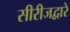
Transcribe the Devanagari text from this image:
सीरीजद्वारे